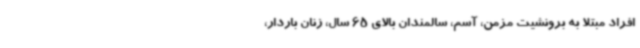
افراد مبتلا به برونشیت مزمن، آسم، سالمندان بالای 65 سال، زنان باردار،